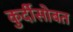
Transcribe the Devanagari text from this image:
कुर्दीसोबत